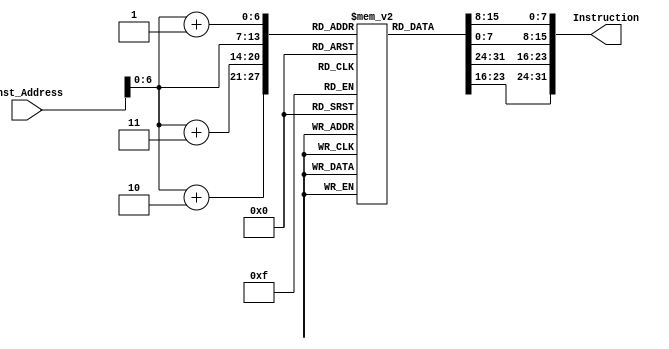
module InstructionMemory(Inst_Address,Instruction);
  input [63:0] Inst_Address;
  output reg [31:0]Instruction;
  reg [7:0] InstMemory [95:0]; 
  integer i;
  
  initial  
    begin 
      //blt x22, x8,8
      InstMemory[0] = 8'b01100011;
      InstMemory[1] = 8'b01000100;
      InstMemory[2] = 8'b10001011;
      InstMemory[3] = 8'b0;
      
      //beq x0,x0,92
	  InstMemory[4] = 8'b01100011;
      InstMemory[5] = 8'b00001110;
      InstMemory[6] = 8'b00000000;
      InstMemory[7] = 8'b00000100;
      
      //addi x23,x22,0
      InstMemory[8] = 8'b10010011;
      InstMemory[9] = 8'b00001011;
      InstMemory[10] = 8'b00001011;
      InstMemory[11] = 8'b0;
     
      //addi x29,x28,0
      InstMemory[12] = 8'b10010011;
      InstMemory[13] = 8'b00001110;
      InstMemory[14] = 8'b00001110;
      InstMemory[15] = 8'b0;
      
      //blt x23,x8,Loop3
      InstMemory[16]= 8'b01100011;
      InstMemory[17] = 8'b11000100;
      InstMemory[18] = 8'b10001011;
      InstMemory[19] = 8'b0;
      
      //beq x0,x0, Loop1
      InstMemory[20] = 8'b11100011;
      InstMemory[21] = 8'b00000110;
      InstMemory[22] = 8'b00000000;
      InstMemory[23] = 8'b11111110;
     
      //ld x12, 0(x28) - x12 = a[i]
      InstMemory[24] = 8'b00000011;
      InstMemory[25] = 8'b00110110;
      InstMemory[26] = 8'b00001110;
      InstMemory[27] = 8'b00000000;
      
     
      //ld x13, 0(x29) - x13 = a[j]
      InstMemory[28]=8'b10000011;
      InstMemory[29]=8'b10110110;
      InstMemory[30]=8'b00001110;
      InstMemory[31]=8'b00000000;
      
      //blt x12,x13,if
      InstMemory[32]=8'b01100011;
      InstMemory[33]=8'b01001110;
      InstMemory[34]=8'b11010110;
      InstMemory[35]=8'b00000000;
      
      //addi x23,x23,1 - j++
      InstMemory[36]=8'b10010011;
      InstMemory[37]=8'b10001011;
      InstMemory[38]=8'b00011011;
      InstMemory[39]=8'b00000000;
      
      //addi x29,x29,8 - locj+= 8
      InstMemory[40]=8'b10010011;
      InstMemory[41]=8'b10001110;
      InstMemory[42]=8'b10001110;
      InstMemory[43]=8'b00000000;

      //blt x23,x8,Loop3
      InstMemory[44]=8'b11100011;
      InstMemory[45]=8'b11000110;
      InstMemory[46]=8'b10001011;
      InstMemory[47]=8'b11111110;
      
      //addi x22,x22,1 #i++
      InstMemory[48]=8'b00010011;
      InstMemory[49]=8'b00001011;
      InstMemory[50]=8'b00011011;
      InstMemory[51]=8'b00000000;

      //addi x28, x28,8 - loci+=8 
      InstMemory[52]=8'b00010011;
      InstMemory[53]=8'b00001110;
      InstMemory[54]=8'b10001110;
      InstMemory[55]=8'b0;

      //beq x0,x0,Loop1
      InstMemory[56]=8'b11100011;
      InstMemory[57]=8'b00000100;
      InstMemory[58]=8'b00000000;
      InstMemory[59]=8'b11111100;
      
	  //add x5,x12,x0 # temp = a[i] 
      InstMemory[60]=8'b10110011;
      InstMemory[61]=8'b00000010;
      InstMemory[62]=8'b00000110;
      InstMemory[63]=8'b0;
      
	  //sd x13, 0(x28) #a[i] = a[j] 
      InstMemory[64]=8'b00100011;
      InstMemory[65]=8'b00110000;
      InstMemory[66]=8'b11011110;
      InstMemory[67]=8'b0;
      
      //sd x5, 0(x29) -a[j] = temp  
      InstMemory[68]=8'b00100011;
      InstMemory[69]=8'b10110000;
      InstMemory[70]=8'b01011110;
      InstMemory[71]=8'b0;
      
	  //addi x23,x23,1 - j++      
      InstMemory[72]=8'b10010011;
      InstMemory[73]=8'b10001011;
      InstMemory[74]=8'b00011011;
      InstMemory[75]=8'b0;
      
	  //addi x29,x29,8 - locj+= 8
      InstMemory[76]=8'b10010011;
      InstMemory[77]=8'b10001110;
      InstMemory[78]=8'b10001110;
      InstMemory[79]=8'b00000000;
      
	  //blt x23,x8,Loop3:          
      InstMemory[80]=8'b11100011;
      InstMemory[81]=8'b11000100;
      InstMemory[82]=8'b10001011;
      InstMemory[83]=8'b11111100;
      
	  //addi x22,x22,1  - i++
      InstMemory[84]=8'b00010011;
      InstMemory[85]=8'b00001011;
      InstMemory[86]=8'b00011011;
      InstMemory[87]=8'b0;
      
	  //addi x28, x28,8 - loci+=8 
      InstMemory[88]=8'b00010011;
      InstMemory[89]=8'b00001110;
      InstMemory[90]=8'b10001110;
      InstMemory[91]=8'b0;
      
	  //beq x0,x0,Loop1 
      InstMemory[92]=8'b11100011;
      InstMemory[93]=8'b00000010;
      InstMemory[94]=8'b00000000;
      InstMemory[95]=8'b11111010;

    end 
  always @(Inst_Address) 
    begin
      Instruction = {InstMemory[Inst_Address + 3], InstMemory[Inst_Address + 2],InstMemory[Inst_Address + 1], InstMemory[Inst_Address]} ;
    end
  
endmodule